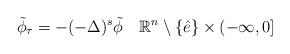
LaTeX: \begin{align*}\tilde{\phi}_\tau = -(-\Delta)^s\tilde{\phi}\quad\mathbb{R}^n\setminus\{\hat{e}\}\times (-\infty,0]\end{align*}